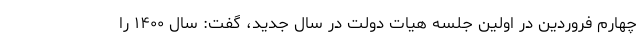
چهارم فروردین در اولین جلسه هیات دولت در سال جدید، گفت: سال ۱۴۰۰ را